Vital statistics of India. Vol. IV, Annual returns from 1871 to 1876. British Army of India, Native Army and jails of Bengal
Year: 1871
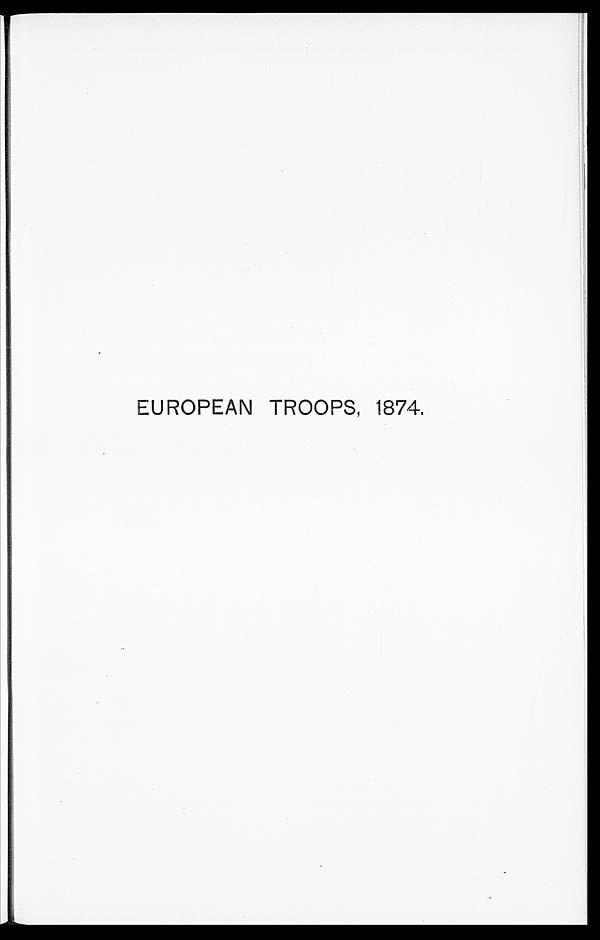
EUROPEAN TROOPS, 1874.